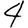
Digit: 4